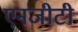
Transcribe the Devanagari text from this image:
एनजीटी